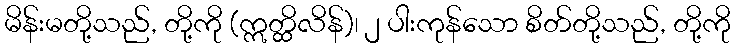
မိန်းမတို့သည်, တို့ကို (ဣတ္ထိလိန်)၊ ၂ ပါးကုန်သော စိတ်တို့သည်, တို့ကို